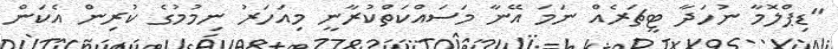
"ޑިޕްލޮމާ ނުހަދާ ޓީޗަރެއް ނަމަ އޭނާ މަސައްކަތްކުރާނީ މިއަހަރު ނިމުމުގެ ކުރިން އެކަން